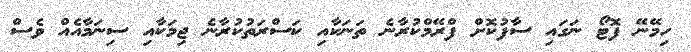
ހިމޭނޭ ފޮޓޯ ނަގައި ސާފުކޮށް ފްރޭމްކުރާނެ ތަނަކާއި ކަސްރަތުކުރާނެ ޖިމަކާއި ސިނަމާއެއް ވެސް